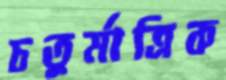
চতুর্মাত্রিক